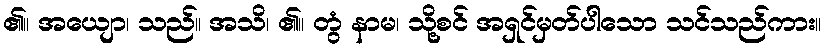
၏။ အယျော၊ သည်။ အသိ၊ ၏။ တွံ နာမ၊ သို့စင် အရှင်မှတ်ပါသော သင်သည်ကား။